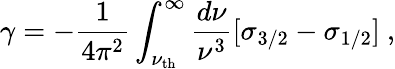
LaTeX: \gamma=-{\frac{1}{4\pi^{2}}}\int_{\nu_{\mathrm{th}}}^{\infty}{\frac{d\nu}{\nu^{3}}}[\sigma_{3/2}-\sigma_{1/2}]\ ,